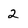
Character: 2